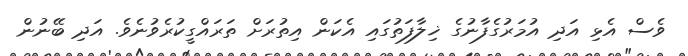
ވެސް އެޅި އަދި އުމަރުގެފާނުގެ ޚިލާފަތުގައި އެކަން އިތުރަށް ތަރައްގީކުރެވުނެވެ. އަދި ބޭނުން